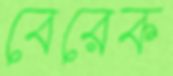
বেরেক